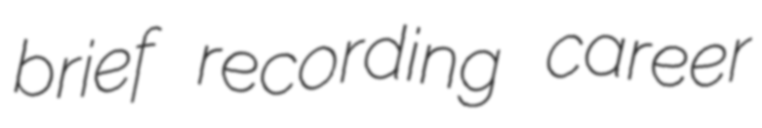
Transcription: brief recording career